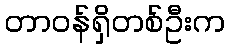
တာဝန်ရှိတစ်ဦးက